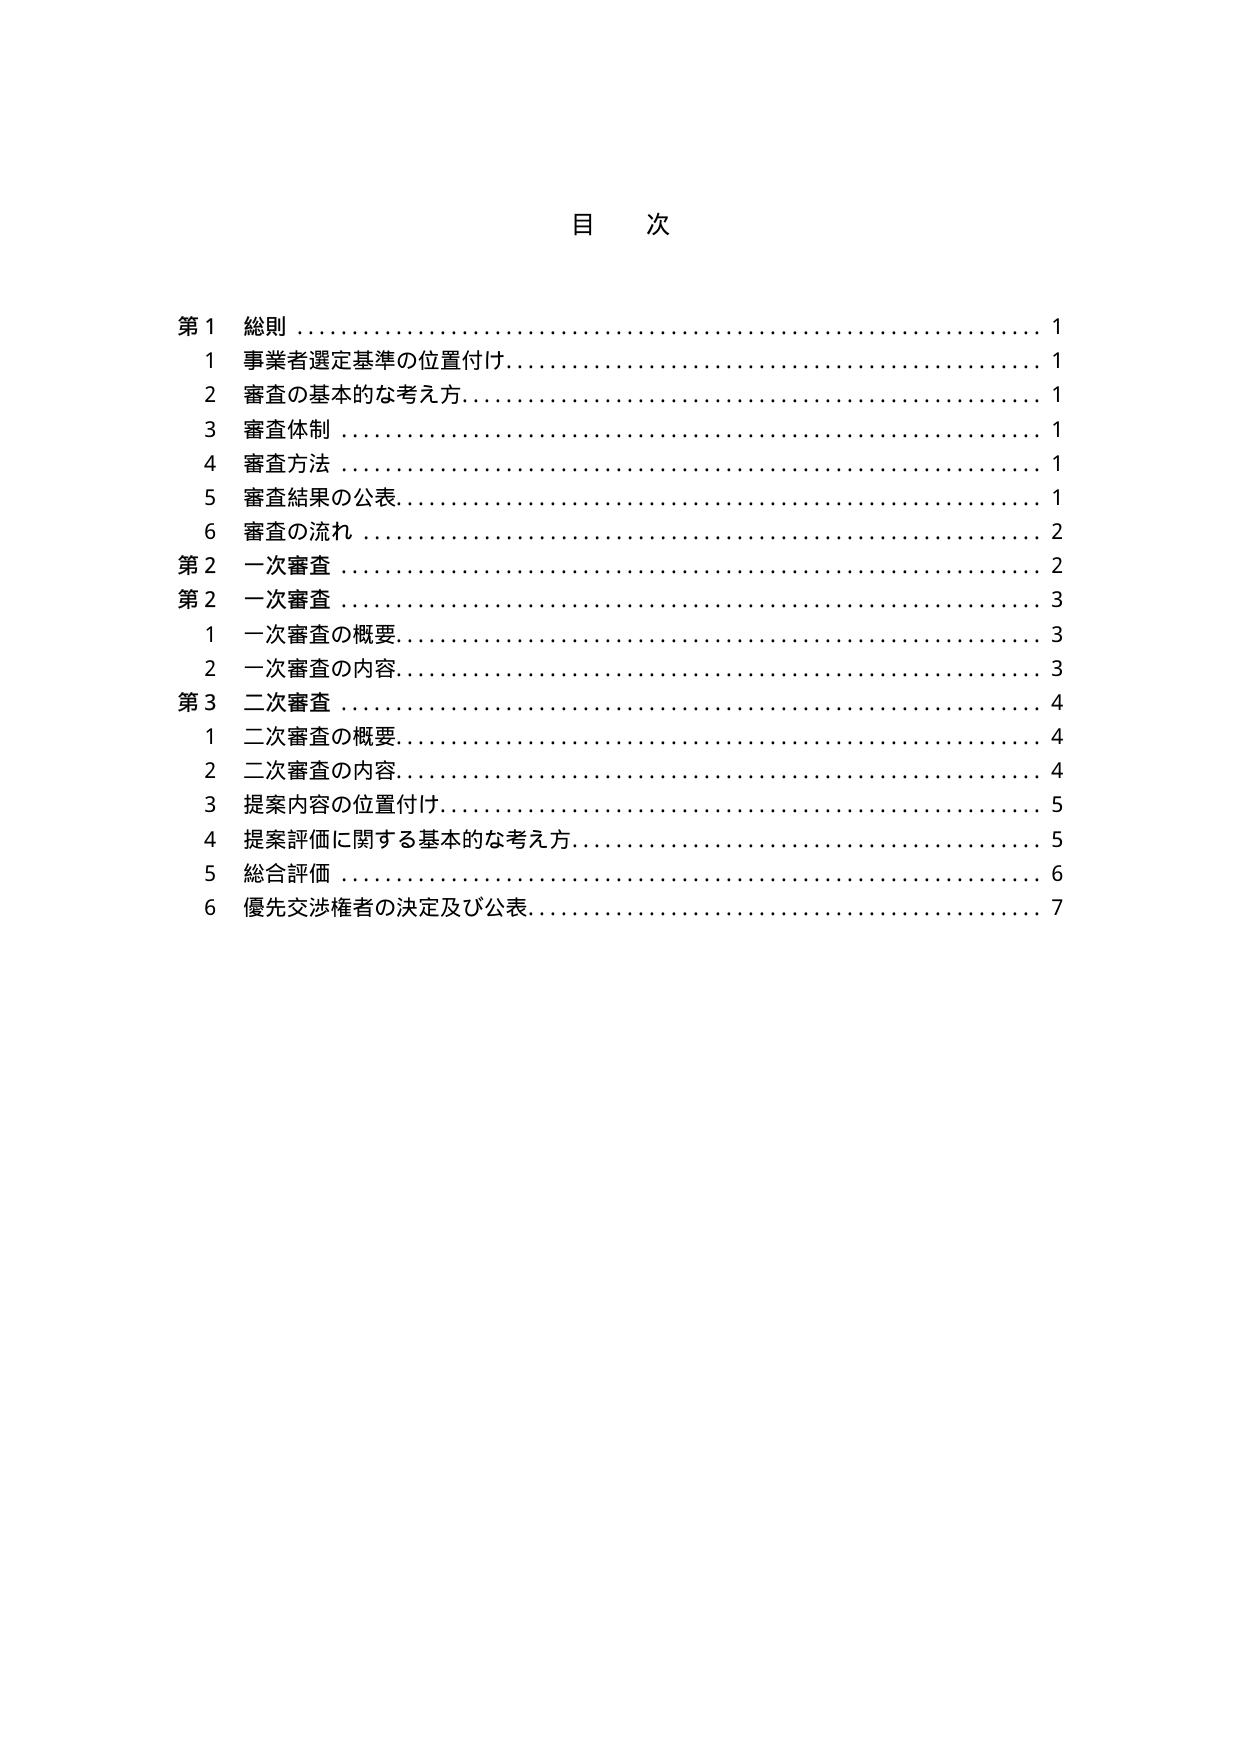
目 次

第１ 総則 ……………………………………………………………… 1
　１ 事業者選定基準の位置付け ………………………………………… 1
　２ 審査の基本的な考え方 …………………………………………… 1
　３ 審査体制 …………………………………………………………… 1
　４ 審査方法 …………………………………………………………… 1
　５ 審査結果の公表 …………………………………………………… 1
　６ 審査の流れ ………………………………………………………… 2
第２ 一次審査 ………………………………………………………… 2
第２ 一次審査 ………………………………………………………… 3
　１ 一次審査の概要 …………………………………………………… 3
　２ 一次審査の内容 …………………………………………………… 3
第３ 二次審査 ………………………………………………………… 4
　１ 二次審査の概要 …………………………………………………… 4
　２ 二次審査の内容 …………………………………………………… 4
　３ 提案内容の位置付け ……………………………………………… 5
　４ 提案評価に関する基本的な考え方 ……………………………… 5
　５ 総合評価 …………………………………………………………… 6
　６ 優先交渉権者の決定及び公表 …………………………………… 7